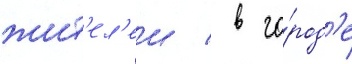
жит'ел'еи / в го́род'е